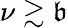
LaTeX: \nu\gtrsim\mathfrak{b}